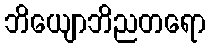
ဘိယျောဘိညတရော